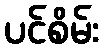
ပင်စိမ်း